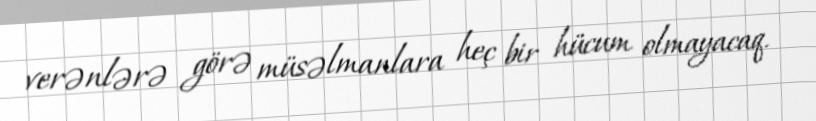
verənlərə görə müsəlmanlara heç bir hücum olmayacaq.